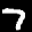
Label: 7